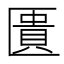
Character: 匱